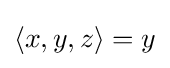
\langle x,y,z\rangle =y